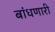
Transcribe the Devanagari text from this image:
बांधणारी